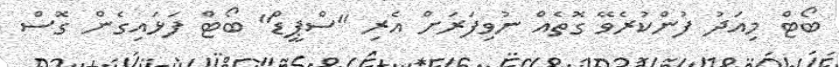
ބޯޓް މިއަދު ފުންކުރެވޭ ގޮތެއް ނުވިފަރަށް އެރި "ސްޕީޑް" ބޯޓް ފަޅައިގެން ގޮސް